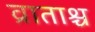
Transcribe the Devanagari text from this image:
व्राताश्च